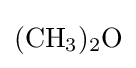
{(\mathrm {CH} {\vphantom {A}}_{\smash[{t}]{3}}){\vphantom {A}}_{\smash[{t}]{2}}\mathrm {O} }